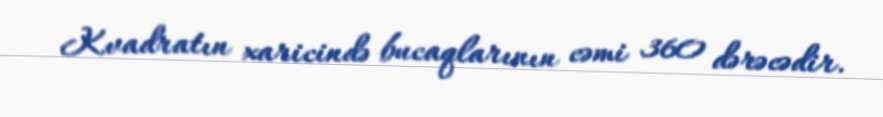
Kvadratın xaricində bucaqlarının cəmi 360 dərəcədir.